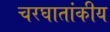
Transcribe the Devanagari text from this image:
चरघातांकीय